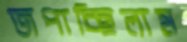
জপাচ্ছিলাম